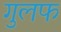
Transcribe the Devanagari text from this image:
गुलफ